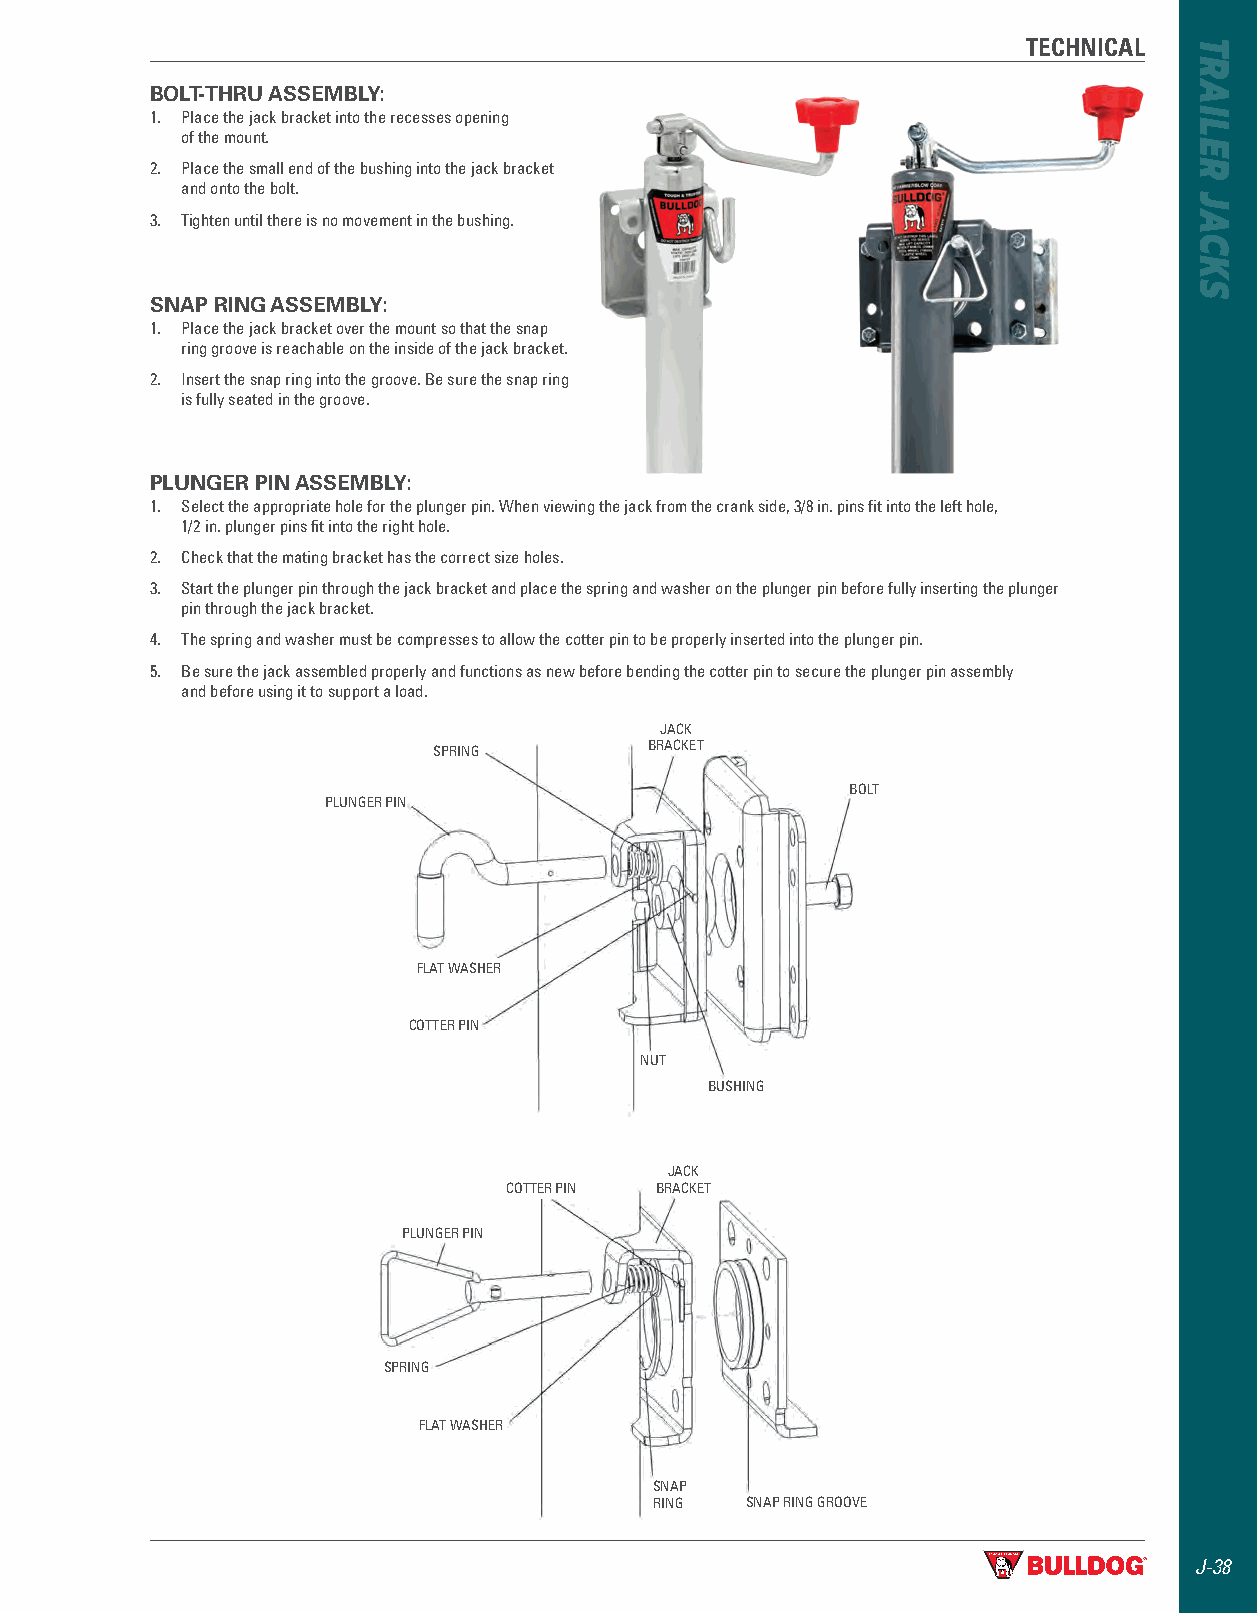
TECHNICAL
 BOLT-THRU ASSEMBLY:
 1 . Place the jack bracket into the recesses opening
 of the mount .
 2 . Place the small end of the bushing into the jack bracket
 and onto the bolt .
 3 . Tighten until there is no movement in the bushing .
 SNAP RING ASSEMBLY:
 1 . Place the jack bracket over the mount so that the snap
 ring groove is reachable on the inside of the jack bracket .
 2 . Insert the snap ring into the groove . Be sure the snap ring
 is fully seated in the groove .
 PLUNGER PIN ASSEMBLY:
 1 . Select the appropriate hole for the plunger pin . When viewing the jack from the crank side, 3/8 in . pins fit into the left hole,
 1/2 in . plunger pins fit into the right hole .
 2 . Check that the mating bracket has the correct size holes .
 3 . Start the plunger pin through the jack bracket and place the spring and washer on the plunger pin before fully inserting the plunger
 pin through the jack bracket .
 4 . The spring and washer must be compresses to allow the cotter pin to be properly inserted into the plunger pin .
 5 . Be sure the jack assembled properly and functions as new before bending the cotter pin to secure the plunger pin assembly
 and before using it to support a load .
 JACK
 SPRING        BRACKET
 BOLT
 PLUNGER PIN
 FLAT WASHER
 COTTER PIN
 NUT
 BUSHING
 JACK
 COTTER PIN BRACKET
 PLUNGER PIN
 SPRING
 FLAT WASHER
 SNAP
 RING  SNAP RING GROOVE
 J-38
 TRAILER
 JACKS